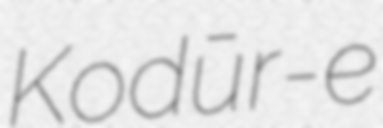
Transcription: Kodūr-e